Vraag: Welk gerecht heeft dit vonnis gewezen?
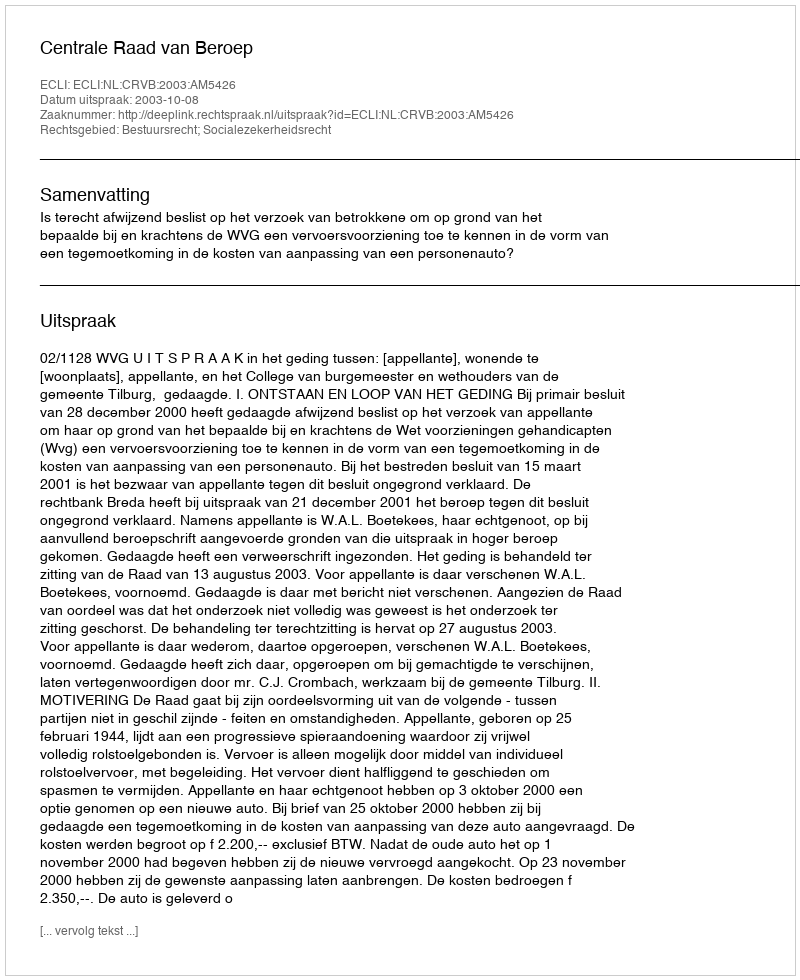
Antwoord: Centrale Raad van Beroep